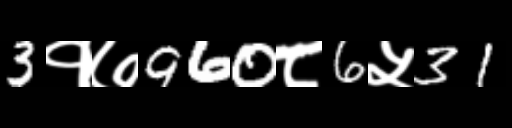
Text: 3१७960८6५31